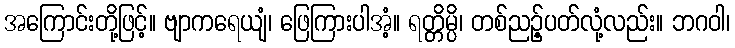
အကြောင်းတို့ဖြင့်။ ဗျာကရေယျံ၊ ဖြေကြားပါအံ့။ ရတ္တိမ္ပိ၊ တစ်ညဉ့်ပတ်လုံ့လည်း။ ဘဂဝါ၊